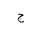
Letter: _gim